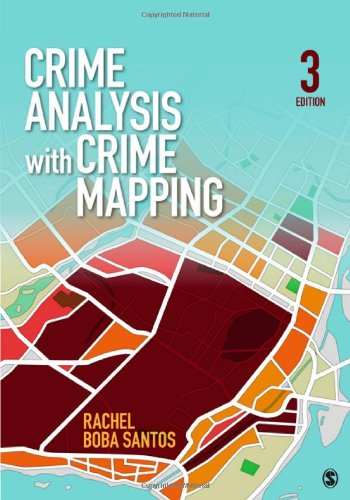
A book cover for Crime Analysis With Crime Mapping; Rachel Boba Santos; Law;